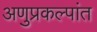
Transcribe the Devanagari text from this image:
अणुप्रकल्पांत